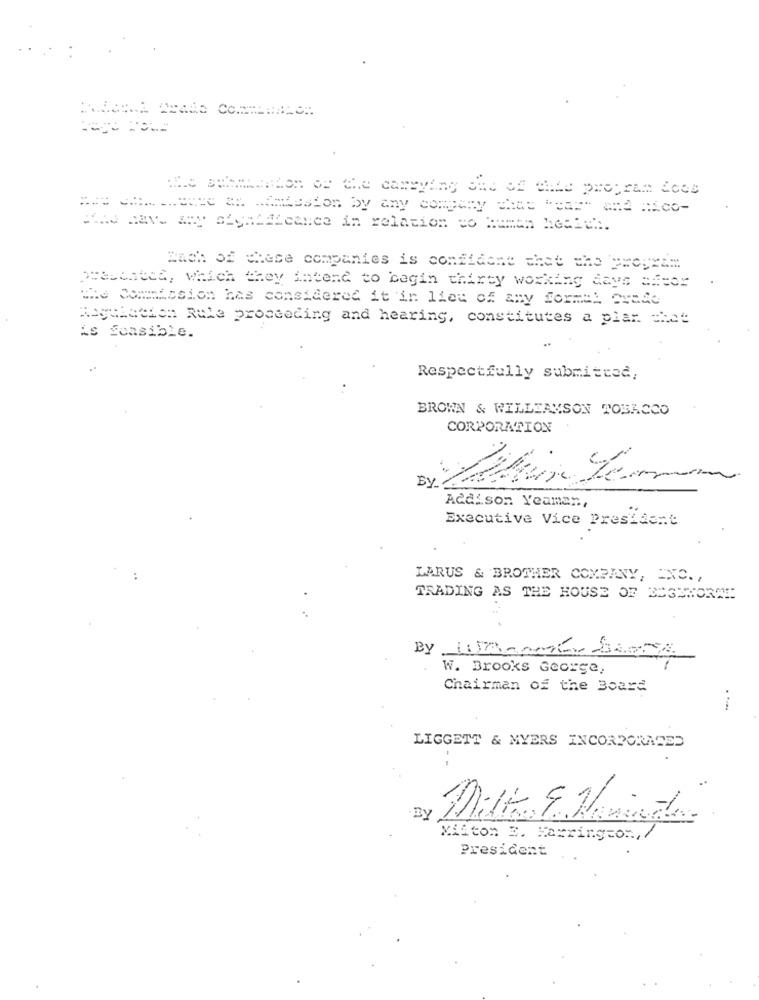
*achton op che carrying aid of white program does
Hind have any significance in relation to Human health.
Each of these companies is confident that the program
presented, which they intend to begin thirty working days after
The Commission has considered it in lieu of any formul erade
Regulation Rule proceeding and hearing, constitutes a plan =hat
is feasible.
Respectfully submitted,
BROWN & WILLIAMSON TOBACCO
CORPORATION
By
Addison Yeaman,
Executive Vice President
LARUS & BROTHER COMPANY, INC .,
TRADING AS THE HOUSE OF EL33HORAE
W. Brooks George,
Chairman of the Board
LIGGETT & MYERS INCORPORATED
- -
BY
Miton E. Harrington,/
President